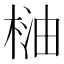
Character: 𣓐